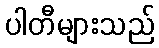
ပါတီများသည်